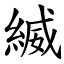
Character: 縅